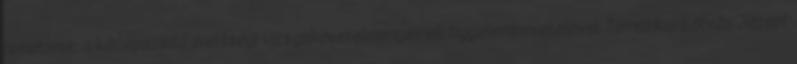
ismétlése, a középszintű érettségi vizsgakövetelményeinek figyelembevételével. Tematikai Eötvös József